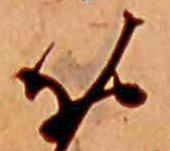
お